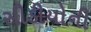
સીડીયોની